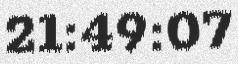
21:49:07